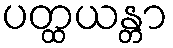
ပတ္ထယန္တာ